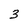
Character: 3